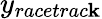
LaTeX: y_{racetrac\mathbf{k}}